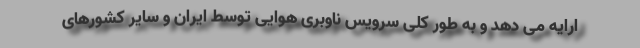
ارایه می دهد و به طور کلی سرویس ناوبری هوایی توسط ایران و سایر کشورهای